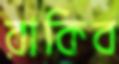
রাকিব